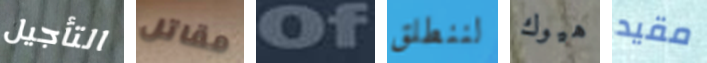
التأجيل مقاتل of لننطلق هيوك مقيد